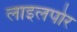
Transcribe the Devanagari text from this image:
लाइलपोर